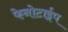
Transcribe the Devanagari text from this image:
फेनोटाईप